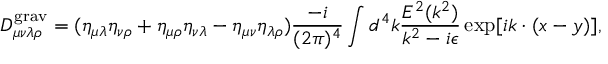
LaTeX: D _ { \mu \nu \lambda \rho } ^ { \mathrm { g r a v } } = ( \eta _ { \mu \lambda } \eta _ { \nu \rho } + \eta _ { \mu \rho } \eta _ { \nu \lambda } - \eta _ { \mu \nu } \eta _ { \lambda \rho } ) \frac { - i } { ( 2 \pi ) ^ { 4 } } \int d ^ { 4 } k \frac { { \cal E } ^ { 2 } ( k ^ { 2 } ) } { k ^ { 2 } - i \epsilon } \exp [ i k \cdot ( x - y ) ] ,